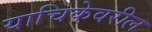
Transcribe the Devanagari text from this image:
याचिकेवरील